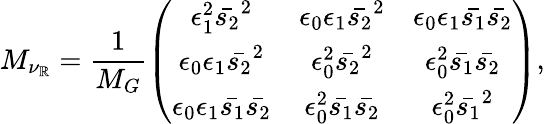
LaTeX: M_{\nu_{\mathbb{R}}}=\frac{{1}}{{M_{G}}}\left(\begin{array}{ccc}{{\epsilon_{1}^{2}\bar{s_{2}}^{2}}}&{{\epsilon_{0}\epsilon_{1}\bar{s_{2}}^{2}}}&{{\epsilon_{0}\epsilon_{1}\bar{s_{1}}\bar{s_{2}}}}\\ {{\epsilon_{0}\epsilon_{1}\bar{s_{2}}^{2}}}&{{\epsilon_{0}^{2}\bar{s_{2}}^{2}}}&{{\epsilon_{0}^{2}\bar{s_{1}}\bar{s_{2}}}}\\ {{\epsilon_{0}\epsilon_{1}\bar{s_{1}}\bar{s_{2}}}}&{{\epsilon_{0}^{2}\bar{s_{1}}\bar{s_{2}}}}&{{\epsilon_{0}^{2}\bar{s_{1}}^{2}}}\end{array}\right),